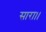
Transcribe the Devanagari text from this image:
सारा।।